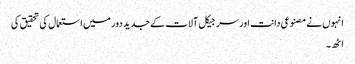
انہوں نے مصنوعی دانت اور سرجیکل آلات کے جدید دور میں استعمال کی تحقیق کی
اٹھ۔